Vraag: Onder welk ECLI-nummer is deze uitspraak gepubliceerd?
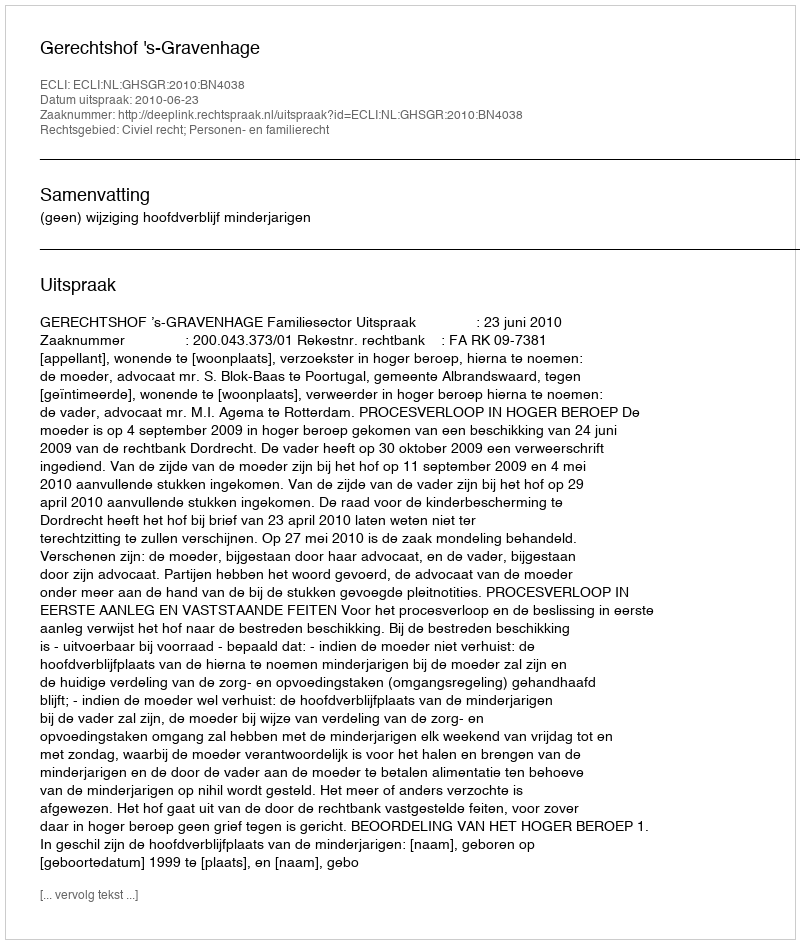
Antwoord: ECLI:NL:GHSGR:2010:BN4038